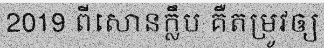
2019 ពីសោនក្លឹប គឺតម្រូវឲ្យ